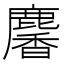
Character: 麘